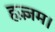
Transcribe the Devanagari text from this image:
हज़्ज़म।